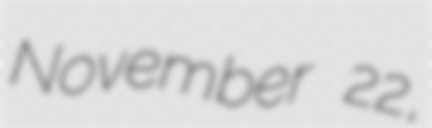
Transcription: November 22,